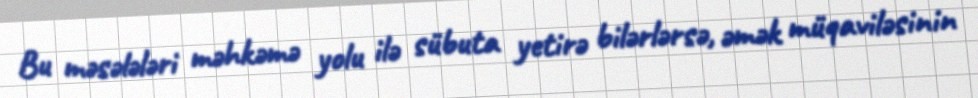
Bu məsələləri məhkəmə yolu ilə sübuta yetirə bilərlərsə, əmək müqaviləsinin